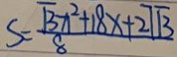
S = \frac { \sqrt { 3 } x ^ { 2 } + 1 8 x + 2 7 \sqrt { 3 } } { 8 }